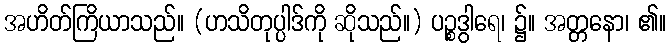
အဟိတ်ကြိယာသည်။ (ဟသိတုပ္ပါဒ်ကို ဆိုသည်။) ပဉ္စဒွါရေ၊ ၌။ အတ္တနော၊ ၏။